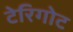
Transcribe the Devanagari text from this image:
टेरिगोट